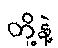
တို့နဲ့